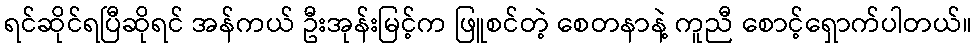
ရင်ဆိုင်ရပြီဆိုရင် အန်ကယ် ဦးအုန်းမြင့်က ဖြူစင်တဲ့ စေတနာနဲ့ ကူညီ စောင့်ရှောက်ပါတယ်။